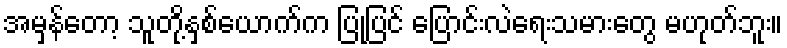
အမှန်တော့ သူတို့နှစ်ယောက်က ပြုပြင် ပြောင်းလဲရေးသမားတွေ မဟုတ်ဘူး။